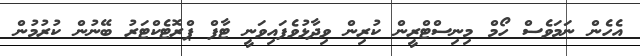
އެހެން ނަމަވެސް ހޯމް މިނިސްޓްރީން ކުރިން ވިދާޅުވެފައިވަނީ ޓާފް ޕްރޮޓެކްޓަރު ބޭނުން ކުރުމުން